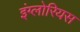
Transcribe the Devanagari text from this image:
इंग्लोरियस